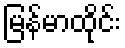
မြန်မာထိုင်း